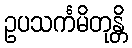
ဥပသင်္ကမိတုန္တိ